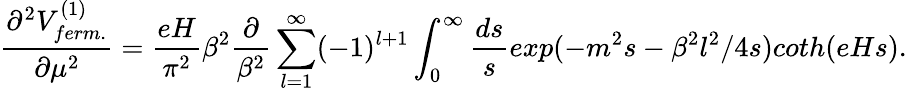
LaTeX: \frac{\partial^{2}V_{ferm.}^{(1)}}{\partial\mu^{2}}=\frac{eH}{\pi^{2}}\beta^{2}\frac{\partial}{\beta^{2}}\sum_{l=1}^{\infty}(-1)^{l+1}\int_{0}^{\infty}\frac{ds}{s}exp(-m^{2}s-\beta^{2}l^{2}/4s)coth(eHs).